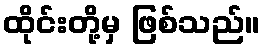
ထိုင်းတို့မှ ဖြစ်သည်။